Indian journal of veterinary science and animal husbandry - Volume 10,
Year: 1940
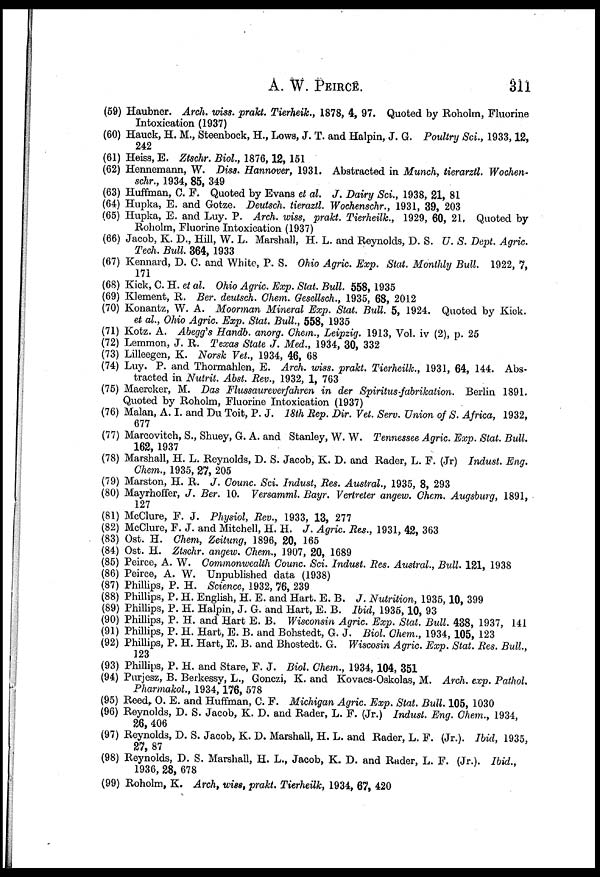
A. W. PEIRCE.
311
(59) Haubner. Arch. wiss. prakt. Tierheik., 1878, 4, 97. Quoted by Roholm, Fluorine
Intoxication (1937)
(60) Hauck, H. M., Steenbock, H., Lows, J. T. and Halpin, J. G. Poultry Sci., 1933, 12,
242
(61) Heiss, E. Ztschr. Biol, 1876, 12, 151
(62) Hennemann, W. Diss. Hannover, 1931. Abstracted in Munch, tierarztl. Wochen-
schr., 1934, 85, 349
(63) Huffman, C. F. Quoted by Evans et al. J. Dairy Sci., 1938, 21, 81
(64) Hupka, E. and Gotze. Deutsch. tieraztl. Wochenschr., 1931, 39, 203
(65) Hupka, E. and Luy. P. Arch. wiss, prakt. Tierheilk., 1929, 60, 21, Quoted by
Roholm, Fluorine Intoxication (1937)
(66) Jacob, K. D., Hill, W. L. Marshall, H. L. and Reynolds, D. S. U. S. Dept. Agric.
Tech. Bull. 364, 1933
(67) Kennard, D. C. and White, P. S. Ohio Agric. Exp. Stat. Monthly Bull
1922, 7,
171
(68) Kick, C. H. et al. Ohio Agric. Exp. Stat. Bull. 558, 1935
(69) Klement, R. Ber. deutsch. Chem. Gesellsch., 1935, 68, 2012
(70) Konantz, W. A. Moorman Mineral Exp. Stat. Bull. 5, 1924. Quoted by Kick.
et al., Ohio Agric. Exp. Stat. Bull., 558, 1935
(71) Kotz. A. Abegg's Handb. anorg. Chem., Leipzig. 1913, Vol. iv (2), p. 25
(72) Lemmon, J. R. Texas State J. Med., 1934, 30, 332
(73) Lilleegen, K. Norsk Vet., 1934, 46, 68
(74) Luy. P. and Thormahlen, E. Arch. wiss. prakt. Tierheilk., 1931, 64, 144. Abs-
tracted in Nutrit. Abst. Rev., 1932, 1, 763
(75) Maercker, M. Das Flussaureverfahren in der Spiritus-fabrikation.
Berlin 1891.
Quoted by Roholm, Fluorine Intoxication (1937)
(76) Malan, A. I. and Du Toit, P. J. 18th Rep. Dir. Vet. Serv. Union of S. Africa, 1932,
677
(77) Marcovitch, S., Shuey, G. A. and Stanley, W. W. Tennessee Agric. Exp. Stat. Bull.
162, 1937
(78) Marshall, H. L. Reynolds, D. S. Jacob, K. D. and Rader, L. F. (Jr) Indust. Eng.
Chem., 1935, 27, 205
(79) Marston, H. R. J. Counc. Sci. Indust, Res. Austral, 1935, 8, 293
(80) Mayrhoffer, J. Ber. 10. Versamml. Bayr. Vertreter angew. Chem. Augsburg, 1891,
127
(81) McClure, F. J. Physiol, Rev., 1933, 13, 277
(82) McClure, F. J. and Mitchell, H. H. J. Agric. Res., 1931, 42, 363
(83) Ost. H. Chem, Zeitung, 1896, 20, 165
(84) Ost. H. Ztschr. angew. Chem., 1907, 20, 1689
(85) Peirce, A. W. Commonwealth Counc. Sci. Indust. Res. Austral, Bull. 121, 1938
(86) Peirce, A. W. Unpublished data (1938)
(87) Phillips, P. H. Science, 1932, 76, 239
(88) Phillips, P. H. English, H. E. and Hart. E. B. J. Nutrition, 1935, 10, 399
(89) Phillips, P. H. Halpin, J. G. and Hart, E. B. Ibid, 1935, 10, 93
(90) Phillips, P. H. and Hart E. B. Wisconsin Agric. Exp. Stat. Bull 438, 1937, 141
(91) Phillips, P. H. Hart, E. B. and Bohstedt, G. J. Biol. Chem., 1934, 105, 123
(92) Phillips, P. H. Hart, E. B. and Bhostedt. G. Wiscosin Agric. Exp. Stat. Res. Bull.,
123
(93) Phillips, P. H. and Stare, F. J. Biol. Chem., 1934, 104, 351
(94) Purjesz, B. Berkessy, L., Gonczi, K. and Kovacs-Oskolas, M. Arch. exp. Pathol.
Pharmakol., 1934, 176, 578
(95) Reed, O. E. and Huffman, C. F. Michigan Agric. Exp. Stat. Bull. 105, 1030
(96) Reynolds, D. S. Jacob, K. D. and Rader, L. F. (Jr.) Indust. Eng. Chem., 1934,
26, 406
(97) Reynolds, D. S. Jacob, K. D. Marshall, H. L. and Rader, L. F. (Jr.). Ibid, 1935,
27, 87
(98) Reynolds, D. S. Marshall, H. L., Jacob, K. D. and Rader, L. F. (Jr.). Ibid.,
1936, 28, 678
(99) Roholm, K. Arch, wiss, prakt. Tierheilk, 1934, 67, 420